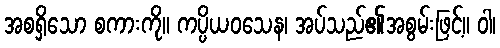
အစရှိသော စကားကို။ ကပ္ပိယဝသေန၊ အပ်သည်၏အစွမ်းဖြင့်။ ဝါ၊